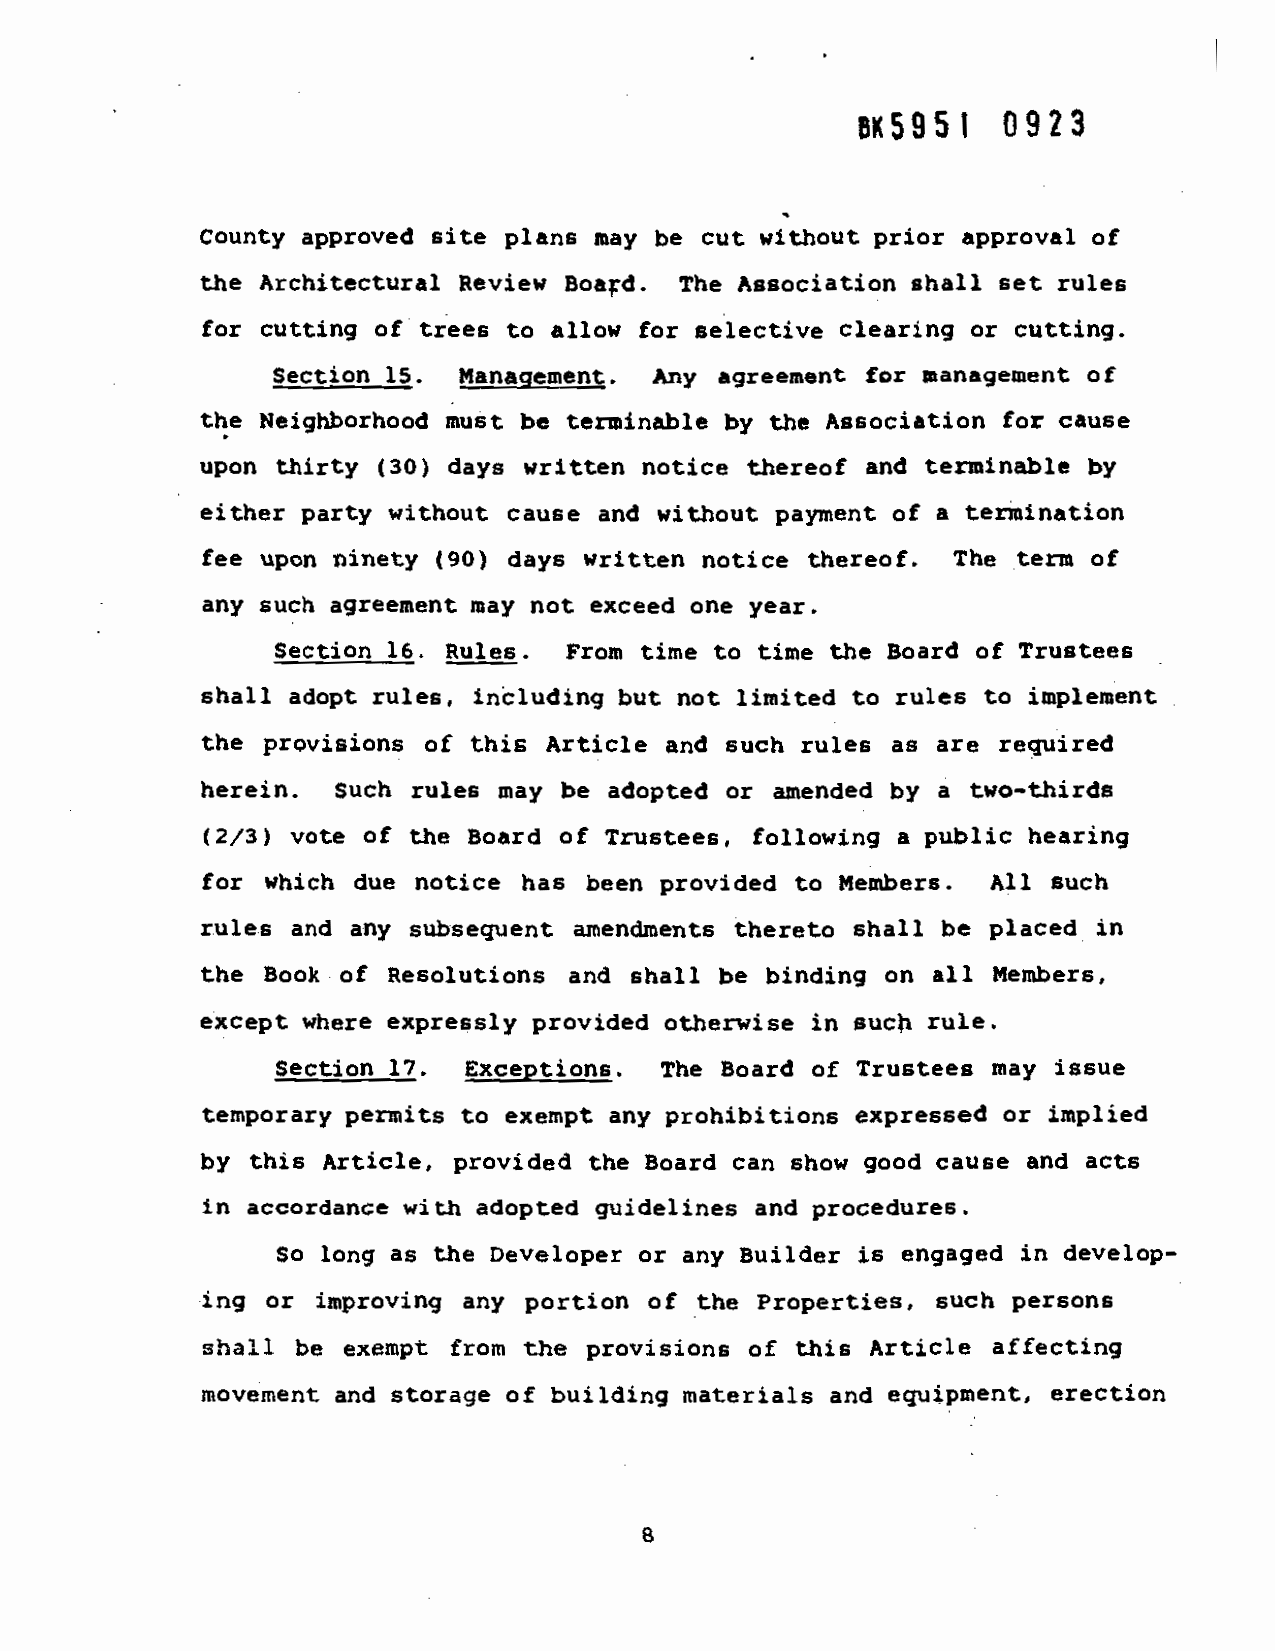
ex5951   0923
 County approved Bite plans
 may be cut without prior approval of
 the Architecturax Review
 Boaçd. The Association shall set
 rules
 for cutting of trees to
 allow for selective
 clearing or cutting.
 Section  is. Managemen
 My agreement  for management of
 the Neighborhood must be terminthle
 by the
 Association for cause
 upon thirty (30) days written notice
 thereof and termjnt,le by
 either party without
 cause and without payment of a termination
 fee upon
 ninety (90) days written notice thereof.
 The term of
 any such agreement may not exceed
 one year.
 Section is. Rules. From
 time to time the Board of
 Trustees
 shall adopt rules, inludjng but not limited to rules to
 implement
 the prQvisions  of this
 Article and such rules as are required
 herein.  Such rules
 may be adopted or amended by a two-thirds
 (2/3) vote of the Board of
 Tnastees, following a public
 hearing
 for which  due notice
 has been provided to Members.   All such
 rules and any subsequent
 axnendjyaents thereto shall be placed in
 the Book  of Resolutions and shall be
 binding on all Members,
 except where expressly provided otherwise in such rule.
 Section 17. Exceptions.
 The Board of Trustees
 may issue
 temporary permits to exempt
 any prohibitions expressed or implied
 by this Article, provided
 the Board can show good cause and acts
 in accordance with
 adopted guide1i and  procedures.
 So
 long as the Developer or                       in
 any Builder is engaged
 develop-
 ing or improving
 any portion of the Properties, such
 persons
 shall be  exempt from the
 provisions of this Article
 affecting
 movement and storage of
 building materials and equipment,
 erection
 B